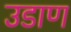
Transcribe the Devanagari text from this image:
उडाण